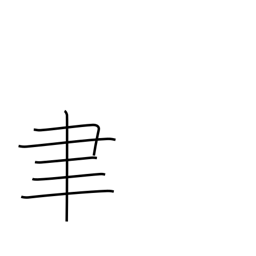
Meaning: writing brush radical (no. 129)